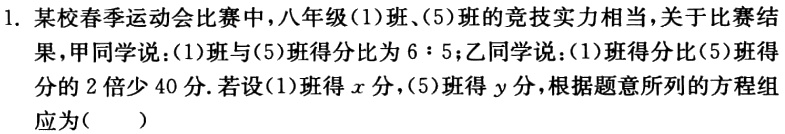
1. 某校春季运动会比赛中，八年级(1)班、(5)班的竞技实力相当，关于比赛结果，甲同学说：(1)班与(5)班得分比为$6:5$；乙同学说：(1)班得分比(5)班得分的$2$倍少$40$分.若设(1)班得$x$分，(5)班得$y$分，根据题意所列的方程组应为(  )